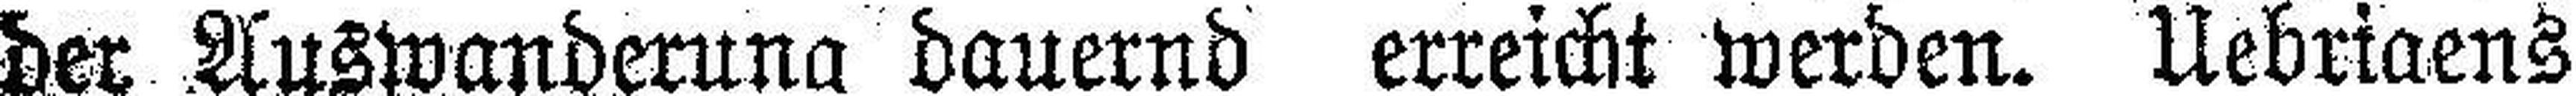
der Auswanderung dauernd erreicht werden. Uebrigens